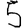
Digit: 5